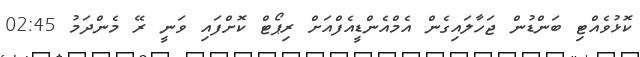
ކޮޅުވެއްޓި ބަންޑުން ޖަހާލައިގެން އެމްއެންޑީއެފްއަށް ރިޕޯޓް ކޮށްފައި ވަނީ ރޭ މެންދަމު 02:45